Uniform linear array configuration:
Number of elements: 24
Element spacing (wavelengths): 1
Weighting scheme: uniform
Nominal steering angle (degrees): -45
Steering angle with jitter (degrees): -45.647
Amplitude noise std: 0.05
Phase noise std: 0.05

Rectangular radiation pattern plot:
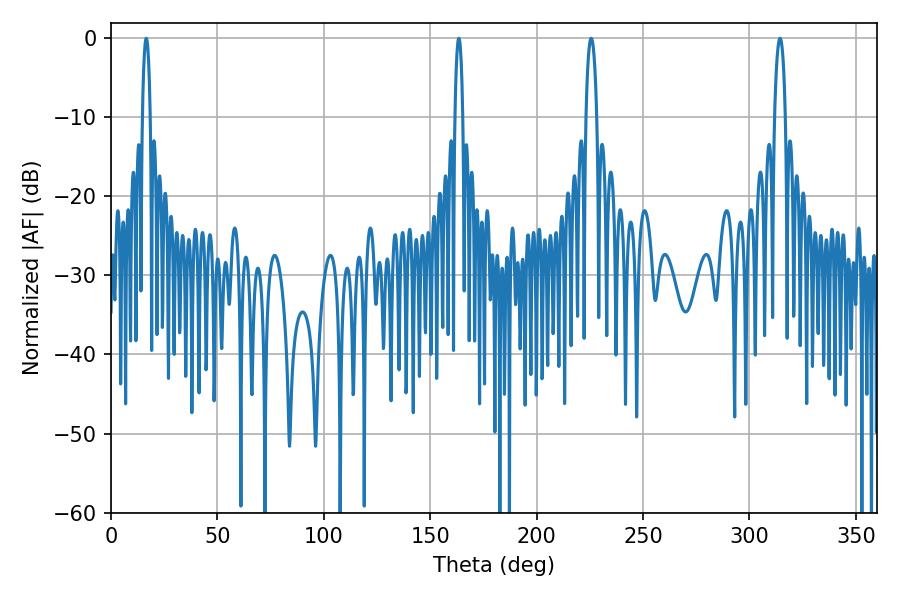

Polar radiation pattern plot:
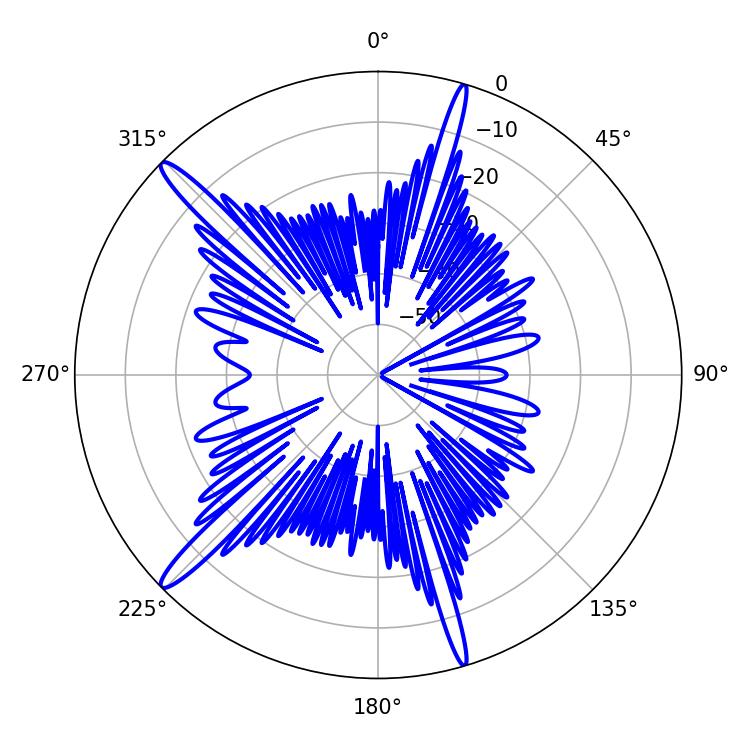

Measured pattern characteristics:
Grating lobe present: TRUE
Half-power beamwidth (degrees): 2.16
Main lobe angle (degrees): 16.56